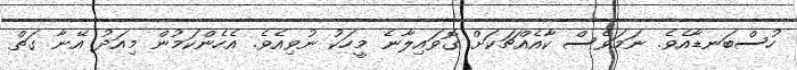
ހުސްބަނޑާއެވެ. ނަމަވެސް ކާއެއްޗަކަށް ގޮވައިލާނެ މީހަކު ނުވިއެވެ. އެހެންކަމުން މިއަދު އޭނާ ގަތް